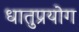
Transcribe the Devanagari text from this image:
धातुप्रयोग